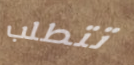
تتطلب